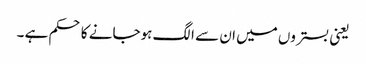
یعنی بستروں میں ان سے الگ ہوجانے کا حکم ہے ۔